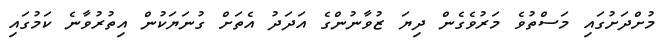
މުށްދަށުގައި މަސްތުވެ މަރުވެގެން ދިޔަ ޒުވާނުންގެ އަދަދު އެތަށް ގުނަޔަކުން އިތުރުވާނެ ކަމުގައި